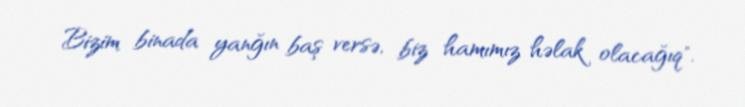
Bizim binada yanğın baş versə, biz hamımız həlak olacağıq".